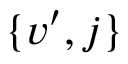
\{ v ^ { \prime } , j \}